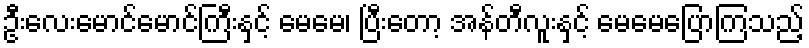
ဦးလေးမောင်မောင်ကြီးနှင့် မေမေ၊ ပြီးတော့ အန်တီလူးနှင့် မေမေပြောကြသည့်